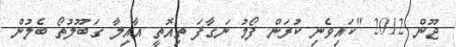
ޖޫން 2012 "ކައިވެނި ކުރަން ފޯމު ނަގާފަ ތިއޮތީ އާއިލާ ގަބޫލުތޯ ބެލުން